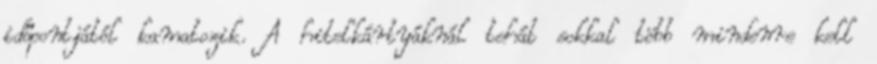
időpontjától kamatozik. A hitelkártyáknál tehát sokkal több mindenre kell